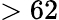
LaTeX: >62